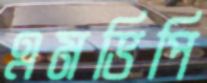
এমভিপি